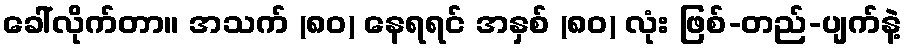
ခေါ်လိုက်တာ။ အသက် (၈၀) နေရရင် အနှစ် (၈၀) လုံး ဖြစ်-တည်-ပျက်နဲ့